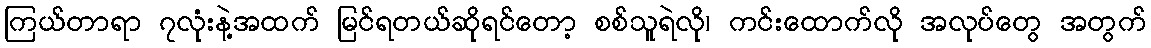
ကြယ်တာရာ ၇လုံးနဲ့အထက် မြင်ရတယ်ဆိုရင်တော့ စစ်သူရဲလို၊ ကင်းထောက်လို အလုပ်တွေ အတွက်